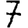
Digit: 7